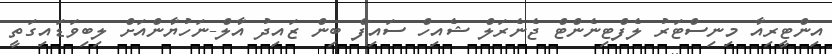
އިންޓީރިއާ މިިނިސްޓަރު ލެފްޓިނެންޓް ޖެނެރަލް ޝެއިހް ސައިފް ބިން ޒައިދު އާލް-ނަހުޔާންއަށް ލިބިވަޑައިގަތީ